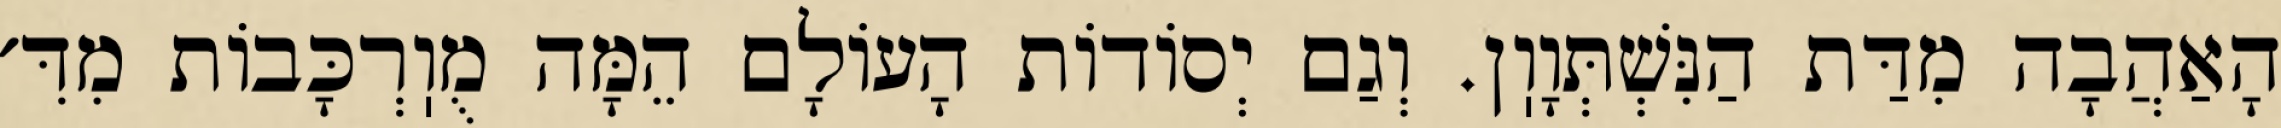
הָאַהֲבָה מִדַּת הַנִּשְׁתְּוָוֽן. וְגַם יְסוֹדוֹת הָעוֹלָם הֵמָּה מֻוֽרְכָּבוֹת מִדִּ׳